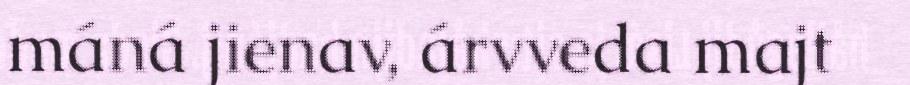
máná jienav, árvveda majt